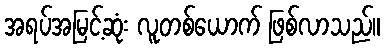
အရပ်အမြင့်ဆုံး လူတစ်ယောက် ဖြစ်လာသည်။